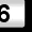
Digit: 6